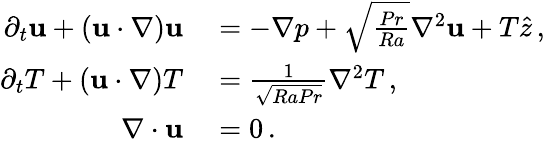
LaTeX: \begin{array}{rl}{\partial_{t}{\mathbf u}+({\mathbf u}\cdot\nabla){\mathbf u}}&{{}=-\nabla p+\sqrt{\frac{Pr}{Ra}}\nabla^{2}{\mathbf u}+T\hat{z}\, ,}\\ {\partial_{t}T+({\mathbf u}\cdot\nabla)T}&{{}={\frac{1}{\sqrt{RaPr}}}\nabla^{2}T\, ,}\\ {\nabla\cdot{\mathbf u}}&{{}=0\, .}\end{array}